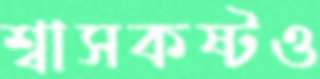
শ্বাসকষ্টও